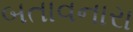
બતાવનારા